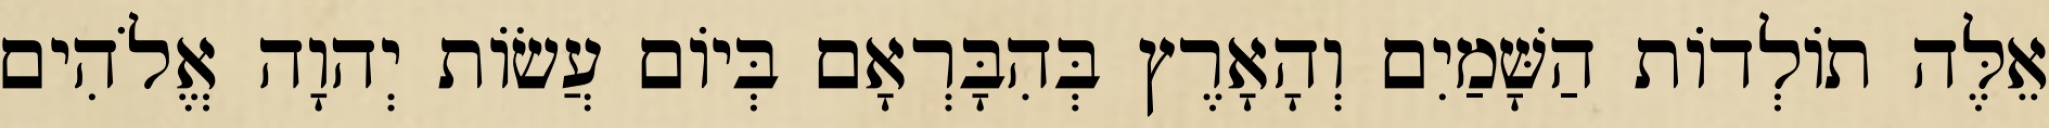
אֵלֶּה תֹולְדֹות הַשָּׁמַיִם וְהָאָרֶץ בְּהִבָּרְאָם בְּיֹום עֲשֹׂות יְהוָה אֱלֹהִים